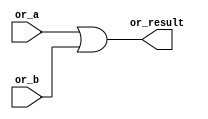
`timescale 1ns / 1ps
//////////////////////////////////////////////////////////////////////////////////
// Company: 
// Engineer: 
// 
// Design Name: 
// Module Name:    or_gate 
// Project Name: 
// Target Devices: 
// Tool versions: 
// Description: 
//
// Dependencies: 
//
// Revision: 
// Revision 0.01 - File Created
// Additional Comments: 
//
//////////////////////////////////////////////////////////////////////////////////
module or_gate(
	input or_a,
	input or_b,
	output or_result
);

assign or_result = or_a | or_b;


endmodule